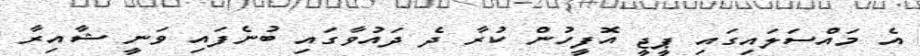
އެ މައްސަލައިގައި ޕީޖީ އޮފީހުން ކުރާ ދެ ދައުވާގައި ބުނެފައި ވަނީ ޝާއިރާ